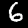
Label: 6